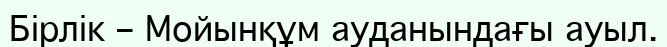
Бірлік – Мойынқұм ауданындағы ауыл.